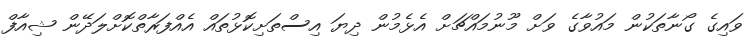
ވައިގެ ގޯނާތަކުން މައުވާގެ ވަށް މޫނުމައްޗަށް އެޅެމުން ދިޔަ އިސްތަށިކޮޅުތައް އެއްފަރާތްކޮށްލަދޭން ޝިއާފް